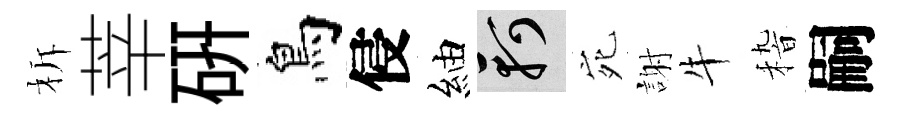
柝莘硏鳥侵紬軻宛謝牛𥟵嗣